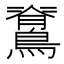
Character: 𮭉